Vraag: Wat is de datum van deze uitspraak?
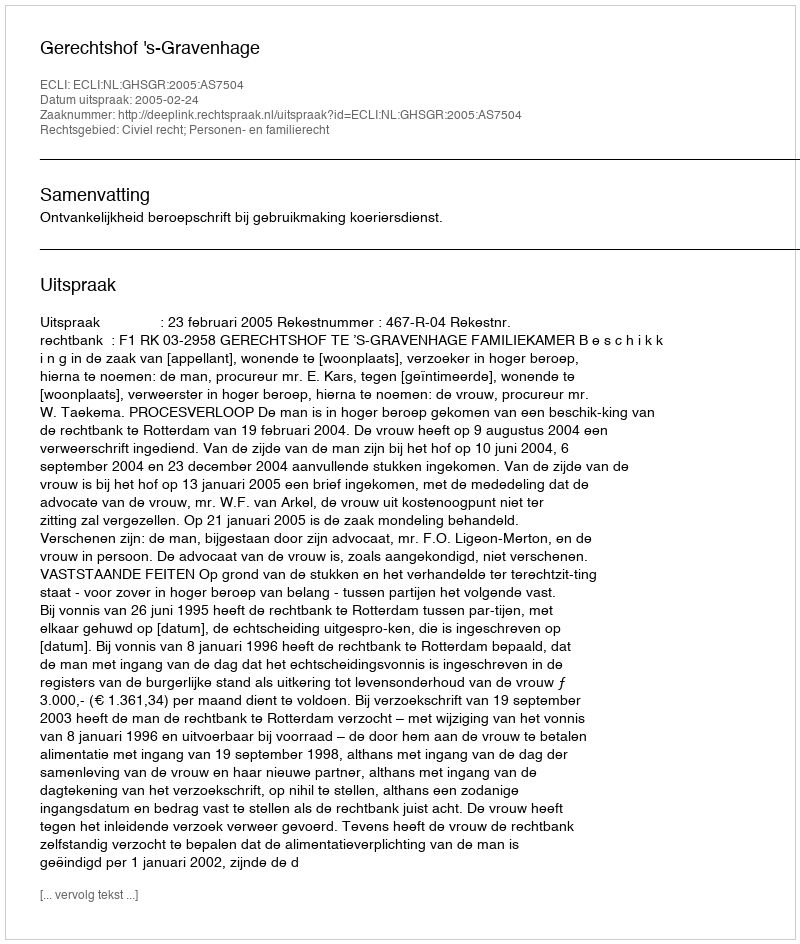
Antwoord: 2005-02-24